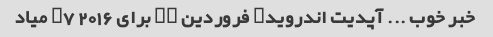
خبر خوب ... آپدیت اندروید۸ فروردین ۹۸ برای j7 2016 میاد